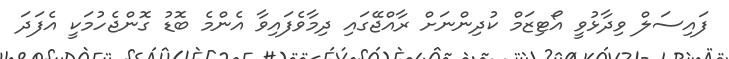
ފައިސަލް ވިދާޅުވީ އޯޓިޒަމް ކުދިންނަށް ރާއްޖޭގައި ދިމާވެފައިވާ އެންމެ ބޮޑު ގޮންޖެހުމަކީ އެފަދަ